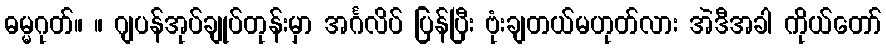
ဓမ္မဂုတ်။ ။ ဂျပန်အုပ်ချုပ်တုန်းမှာ အင်္ဂလိပ် ပြန်ပြီး ဗုံးချတယ်မဟုတ်လား အဲဒီအခါ ကိုယ်တော်